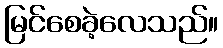
မြင်စေခဲ့လေသည်။